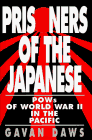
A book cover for Prisoners of the Japanese: Pows of World War II in the Pacific; Gavan Daws; History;